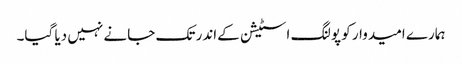
ہمارے امیدوار کو پولنگ اسٹیشن کےاندر تک جانے نہیں دیا گیا۔